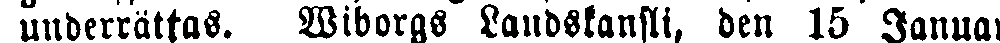
underrättas. Wiborgs Landskansli, den 15 Januari